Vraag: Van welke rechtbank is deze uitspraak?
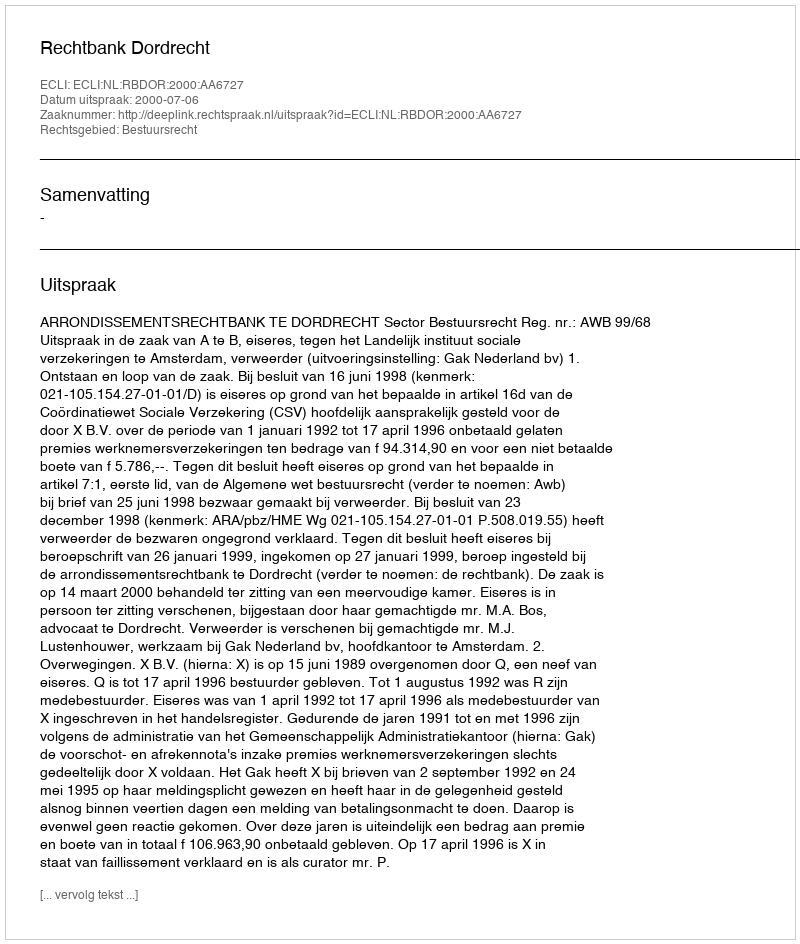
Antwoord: Rechtbank Dordrecht